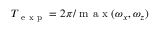
T _ { \mathrm { ~ e ~ x ~ p ~ } } = 2 \pi / \mathrm { ~ m ~ a ~ x ~ } ( \omega _ { x } , \omega _ { z } )